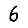
Digit: 6